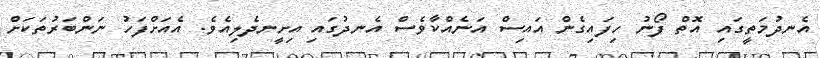
އެނދުމަތީގައި އޮތް ފޯނު ހިފައިގެން އައިސް އަނެއްކާވެސް އެނދުގައި އިށީނދެލިއެވެ. އެއަށްފަހު ނަންބަރުތަކަށް